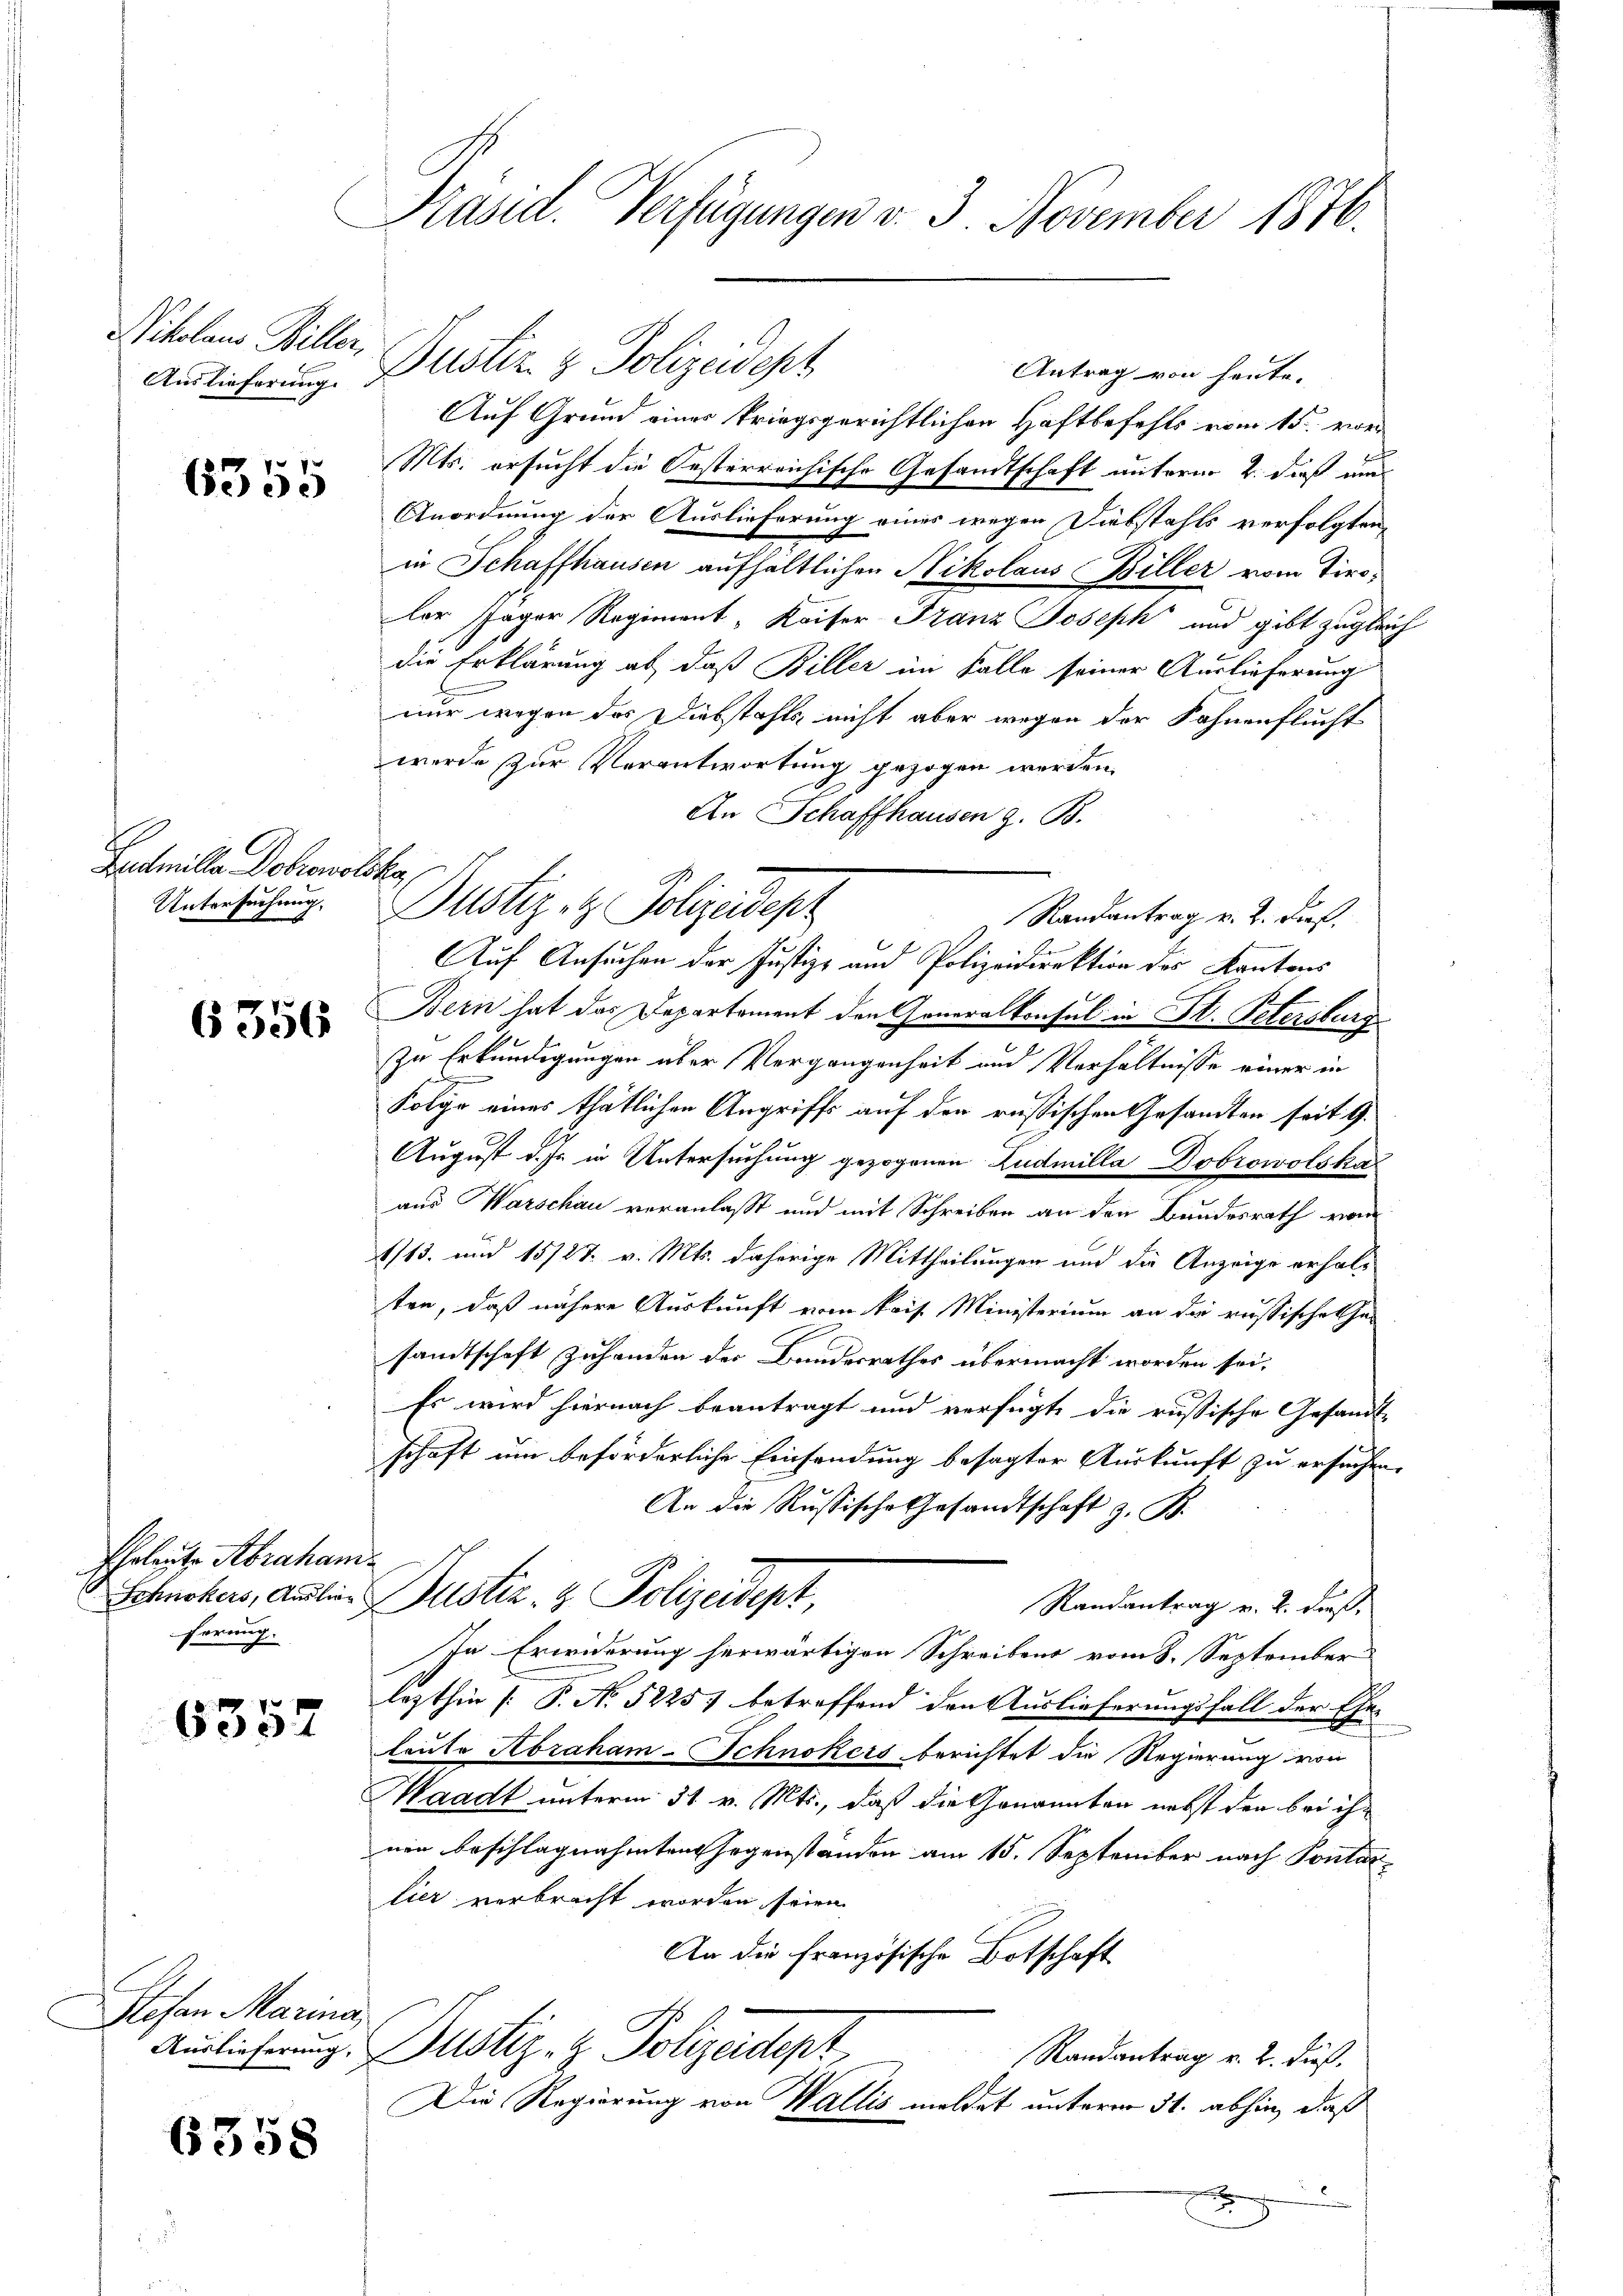
Nikolaus Willer,
Auslieferung.

6355

Lamille Debronoloka
Untersuchung.

6356

Ehrleute Abraham.
hörung.

6357

Stefan Marina,
Auslieferung,

6358

Präsid. Verfügungen v. 3. November 1870.

Auf Grund einer kriegsgerichtlichen Haftbefehls vom 15. vor
Mts. ersucht die Oesterreichische Gesandtschaft unterm 2. dieß um
Anordnung der Auslieferung eines wegen Diebstahls verfolgten
in Schaffhausen aufhaltlichen Nikolaus Biller vom Tiroler sager Regiment, Kaiser Franz Joseph und gibt zugle
die Erklärung ab, daß Biller im Falle seiner Auslieferung
nur wegen des Diebstahls nicht aber wegen der Fahnenflucht
werde zur Verantwortung gezogen werden.
An Schaffhausen z. B.
Bern hat das Departement den Generalkonsul in St. Petersburg
zu Erkundigungen über Vergangenheit und Verhältnisse einer in
Folyo eines thätlichen Angriffs auf den russischen Gesandten seit 9.
August d. Js. in Untersuchung gezogenen Zudmilla Dobrowolska
aus Warschau veranlaßt und mit Schreiben an den Bundesrath vom
113. und 15/27. v. Mts. daherige Mittheilungen und die Anzeige erhalten, daß nähere Auskunft vom kais. Ministerium an die russische Ehe-
sandtschaft zuhanden des Bundesrathes übermacht worden sei.
Es wird hiernach beantragt und verfügte die russische Gesandt-
schaft um beförderliche Einsendung besagter Auskunft zu ersuchen
An die Russische Gesandtschaft z. B.
Schnokers, Anilie Justiz- & Polizeidept,
Randantrag v. 2. dieß,
In Erwiderung herwärtigen Schreibens vom 8. September
lezthin [P. No. 5225) betreffend den Auslieferungsfall der Ehe-
leute Abraham-Schnokers berichtet die Regierung von
Waadt unterm 31. v. Mts., daß die Genannten nebst der bei ihr
nen beschlagnahmten Gegenständen am 15. September nach Pontar
lier verbracht worden seien
An die französische Botschaft
Justiz- & Polizeipt,
Randantrag v. 2. dieß.
Die Regierung von Wallis meldet unterm 31. abhin, daß
d

Justiz & Polizeidest

Antrag von heute.

Dustiz- & Polizeidepz
Randantrag v. 2. Dieß.
Auf Ansuchen der Justiz- und Polizeidirektion des Kantons

E